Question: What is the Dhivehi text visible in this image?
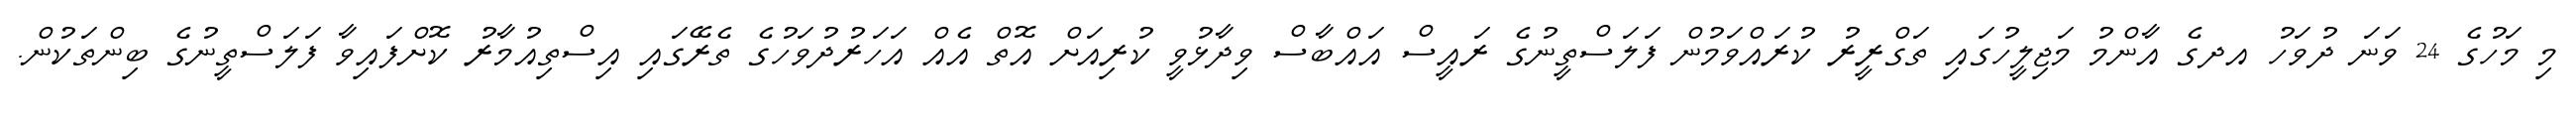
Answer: މި މަހުގެ 24 ވަނަ ދުވަހު އދގެ އާންމު މަޖިލީހުގައި ތަގްރީރު ކުރައްވަމުން ފަލަސްތީނުގެ ރައީސް އައްބާސް ވިދާޅުވީ ކުރިއަށް އޮތް އެއް އަހަރުދުވަހުގެ ތެރޭގައި އިސްތިއުމާރު ކޮށްފައިވާ ފަލަސްތީނުގެ ބިންތަކުން.